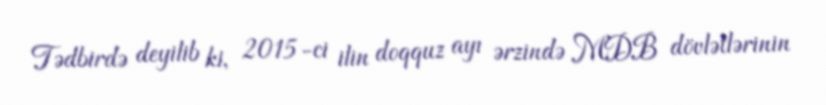
Tədbirdə deyilib ki, 2015-ci ilin doqquz ayı ərzində MDB dövlətlərinin